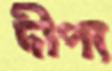
দীপ্য